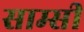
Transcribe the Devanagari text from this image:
साम्सी